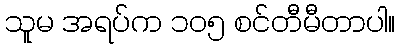
သူမ အရပ်က ၁၀၅ စင်တီမီတာပါ။